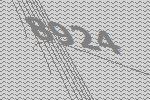
8924